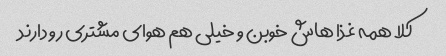
کلا همه غذا هاش خوبن و خیلی هم هوای مشتری رو دارند